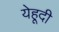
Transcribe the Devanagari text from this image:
येहूदी